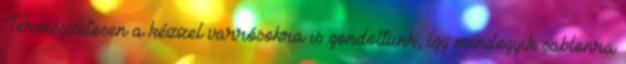
Természetesen a kézzel varrósokra is gondoltunk, így mindegyik sablonra